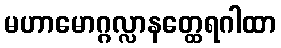
မဟာမောဂ္ဂလ္လာနတ္ထေရဂါထာ